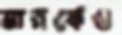
মারকেও